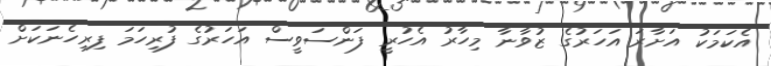
އެކަމަކު އަށާރަ އަހަރުގެ ޒުވާނާ މިހާރު އެހުރީ ފަންސަވީސް އަހަރުގެ ފުރިހަމަ ފިރިހެނަކަށް